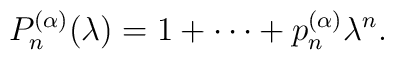
P_n^{(\alpha)}(\lambda) = 1+ \cdots + p^{(\alpha)}_n \lambda^n.